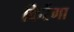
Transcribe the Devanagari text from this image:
किरेंगा